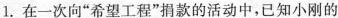
1.在一次向”希望工程”捐款的活动中，已知小刚的